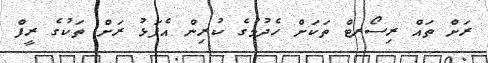
ރަށް ތައް ރިސޯރޓް ތަކަށް ހެދުމުގެ ކުރިން އެފަޅު ރަށް ތަކުގެ ރީފް